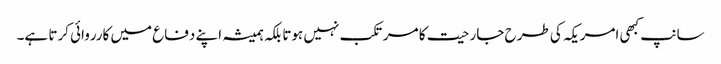
سانپ کبھی امریکہ کی طرح جارحیت کا مرتکب نہیں ہوتا بلکہ ہمیشہ اپنے دفاع میں کارروائی کرتا ہے۔